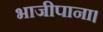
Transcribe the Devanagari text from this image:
भाजीपाना।